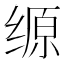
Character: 𰬲